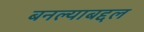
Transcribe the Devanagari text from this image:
बनल्याबद्दल